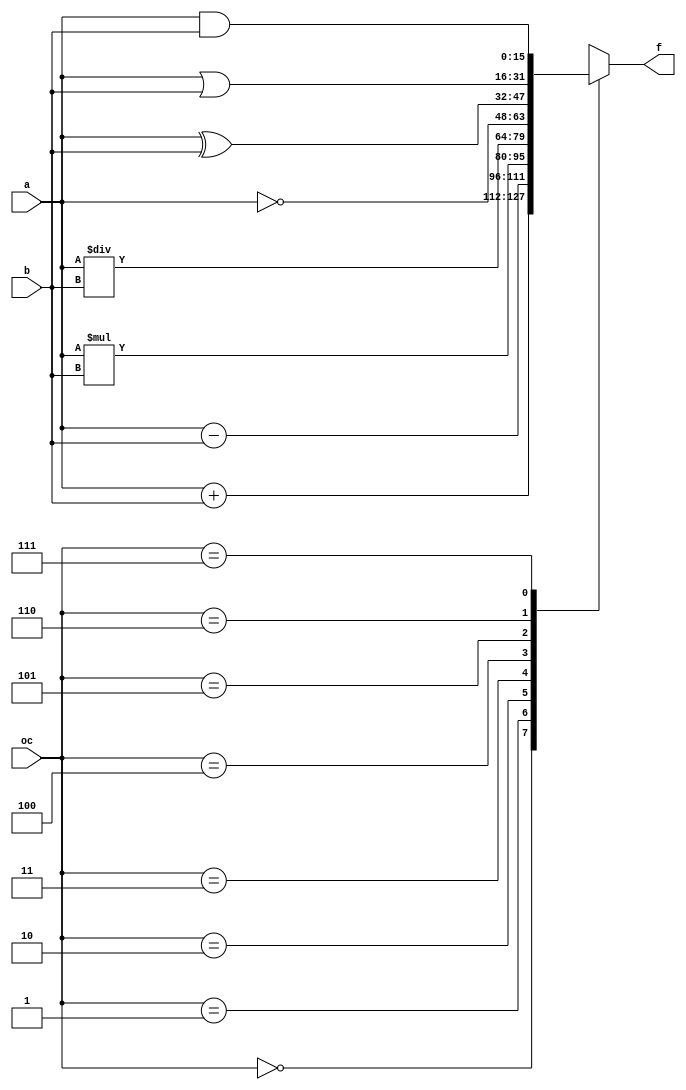
module alu #(parameter DATA_WIDTH = 16) (oc, a, b, f);

input [2:0] oc;
input [DATA_WIDTH-1:0] a, b;
output reg [DATA_WIDTH-1:0] f;

always @(oc or a or b) begin
    case(oc)
        3'b000: f = a + b;
        3'b001: f = a - b;
        3'b010: f = a * b;
        3'b011: f = a / b;
        3'b100: f = ~a;
        3'b101: f = a ^ b;
        3'b110: f = a | b;
        3'b111: f = a & b;
    endcase
end

endmodule